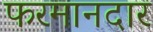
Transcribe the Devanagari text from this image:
फरमानदार